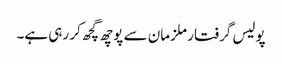
پولیس گرفتار ملزمان سے پوچھ گچھ کر رہی ہے۔